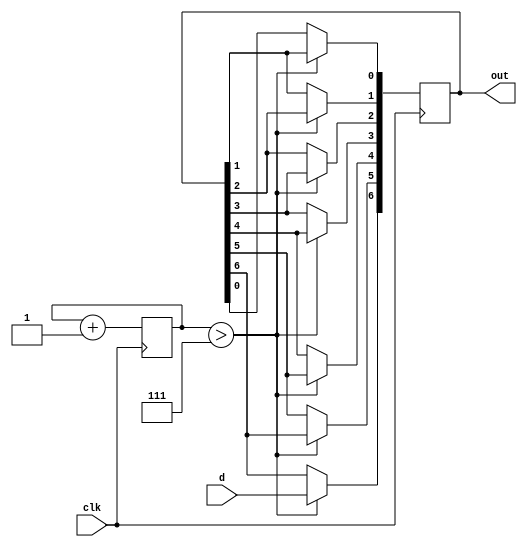

module serialToParallel_7 (clk,d,out);
    input clk;
    input d;
    output [6:0] out;
   reg[4:0] counter;
   reg [6:0]q;
always@(posedge clk)
begin
	counter<=counter+1;
	if (counter >7)begin
	q[6]<=d;
	q[5]<=q[6];
	q[4]<=q[5];
	q[3]<=q[4];
	q[2]<=q[3];
	q[1]<=q[2];
	q[0]<=q[1];
	
		end
	else 
	begin
	q<=q;
	end
end
assign out =q;
endmodule